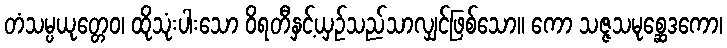
တံသမ္ပယုတ္တေဝ၊ ထိုသုံးပါးသော ဝိရတီနှင့်ယှဉ်သည်သာလျှင်ဖြစ်သော။ ကော သဇ္ဇသမုစ္ဆေဒကော၊